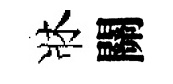
牀關